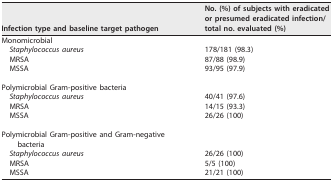
| Infection type and baseline target pathogen | No. (%) of subjects with eradicated or presumed eradicated infection/total no. evaluated (%) |
 | --- | --- |
 | Monomicrobial |  |
 | Staphylococcus aureus | 178/181 (98.3) |
 | MRSA | 87/88 (98.9) |
 | MSSA | 93/95 (97.9) |
 | Polymicrobial Gram-positive bacteria |  |
 | Staphylococcus aureus | 40/41 (97.6) |
 | MRSA | 14/15 (93.3) |
 | MSSA | 26/26 (100) |
 | Polymicrobial Gram-positive and Gram-negative bacteria |  |
 | Staphylococcus aureus | 26/26 (100) |
 | MRSA | 5/5 (100) |
 | MSSA | 21/21 (100) |